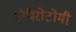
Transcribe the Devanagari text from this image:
लैपैरोटोमी